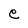
Character: e